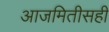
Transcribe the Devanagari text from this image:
आजमितीसही